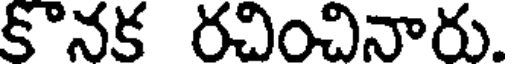
కొనక రచించినారు.